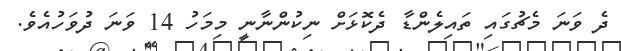
ދެ ވަނަ މެޗުގައި ތައިލެންޑާ ދެކޮޅަށް ނިކުންނާނީ މިމަހު 14 ވަނަ ދުވަހުއެވެ.